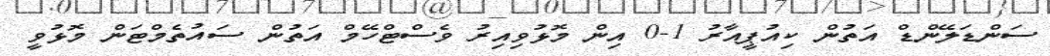
ސަންޑަލޭންޑް އަތުން ކިއުޕީއާރު 1-0 އިން މޮޅުވިއިރު ވެސްޓްހޭމް އަތުން ސައުތެމްޓަން މޮޅުވީ